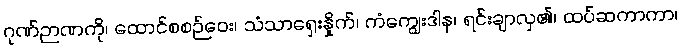
ဂုဏ်ဉာဏကို၊ ထောင်စစဉ်ဝေး၊ သံသာရှေးနှိုက်၊ ကံကျွေးဒါန၊ ရင်းချာလှ၏၊ ထပ်ဆကာကာ၊